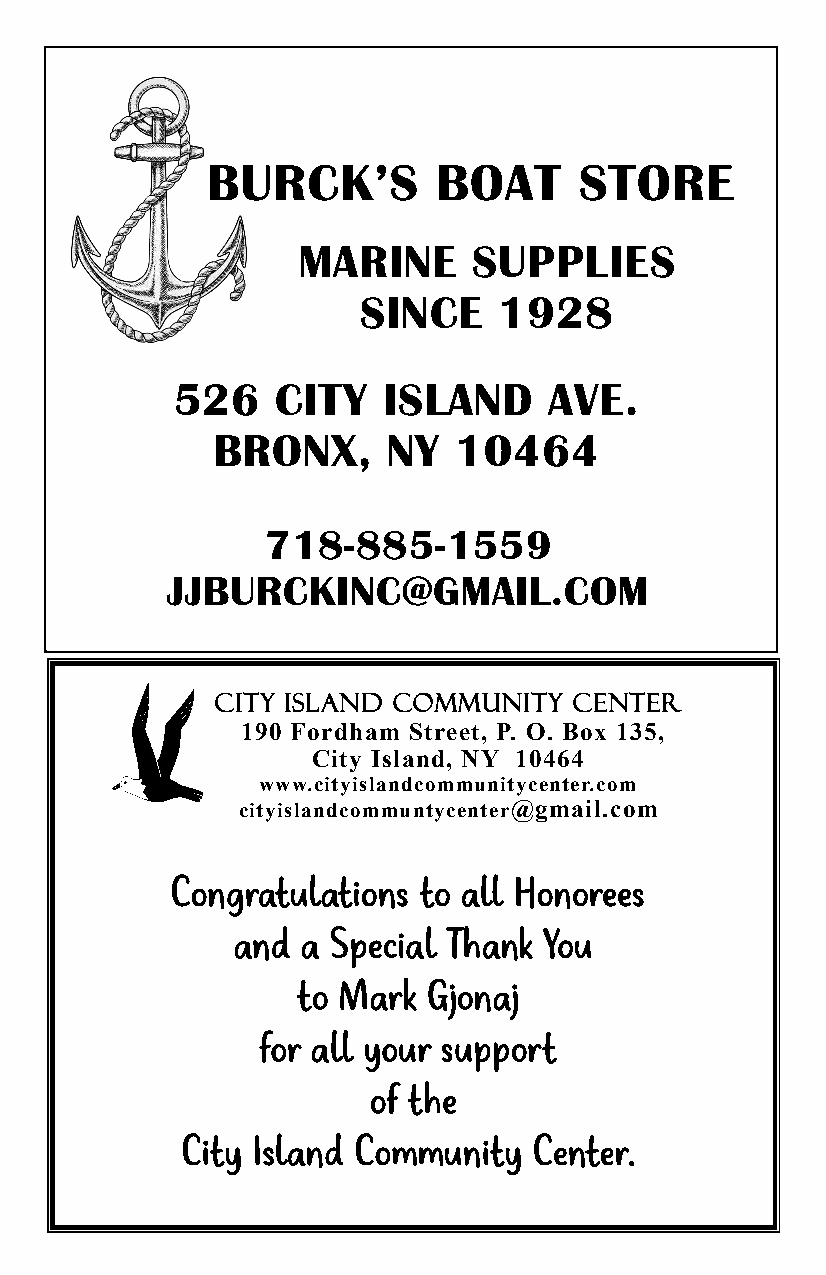
BURCK’S        BOAT     STORE
 MARINE     SUPPLIES
 SINCE    1928
 526    CITY   ISLAND     AVE.
 BRONX,      NY  10464
 718-885-1559
 JJBURCKINC@GMAIL.COM
 CITY ISLAND COMMUNITY   CENTER
 190 Fordham Street, P. O. Box 135,
 City Isla nd, NY 10464
 www.cityislandcommunitycenter.com
 cityislandcommu ntycenter@gmail.com
 Congratulations  to all Honorees
 and  a Special Thank You
 to Mark Gjonaj
 for all your support
 of the
 City Island Community  Center.